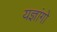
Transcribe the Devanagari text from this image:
यज्ञांगो